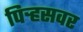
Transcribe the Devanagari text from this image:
पिर्‍हसवर